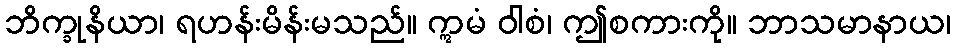
ဘိက္ခုနိယာ၊ ရဟန်းမိန်းမသည်။ ဣမံ ဝါစံ၊ ဤစကားကို။ ဘာသမာနာယ၊